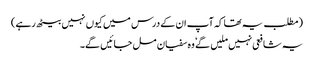
(مطلب یہ تھا کہ آپ ان کے درس میں کیوں نہیں بیٹھ رہے)
یہ شافعی نہیں ملیں گے ٗ وہ سفیان مل جائیں گے۔